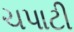
ચપાટી